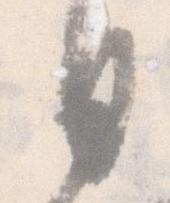
日